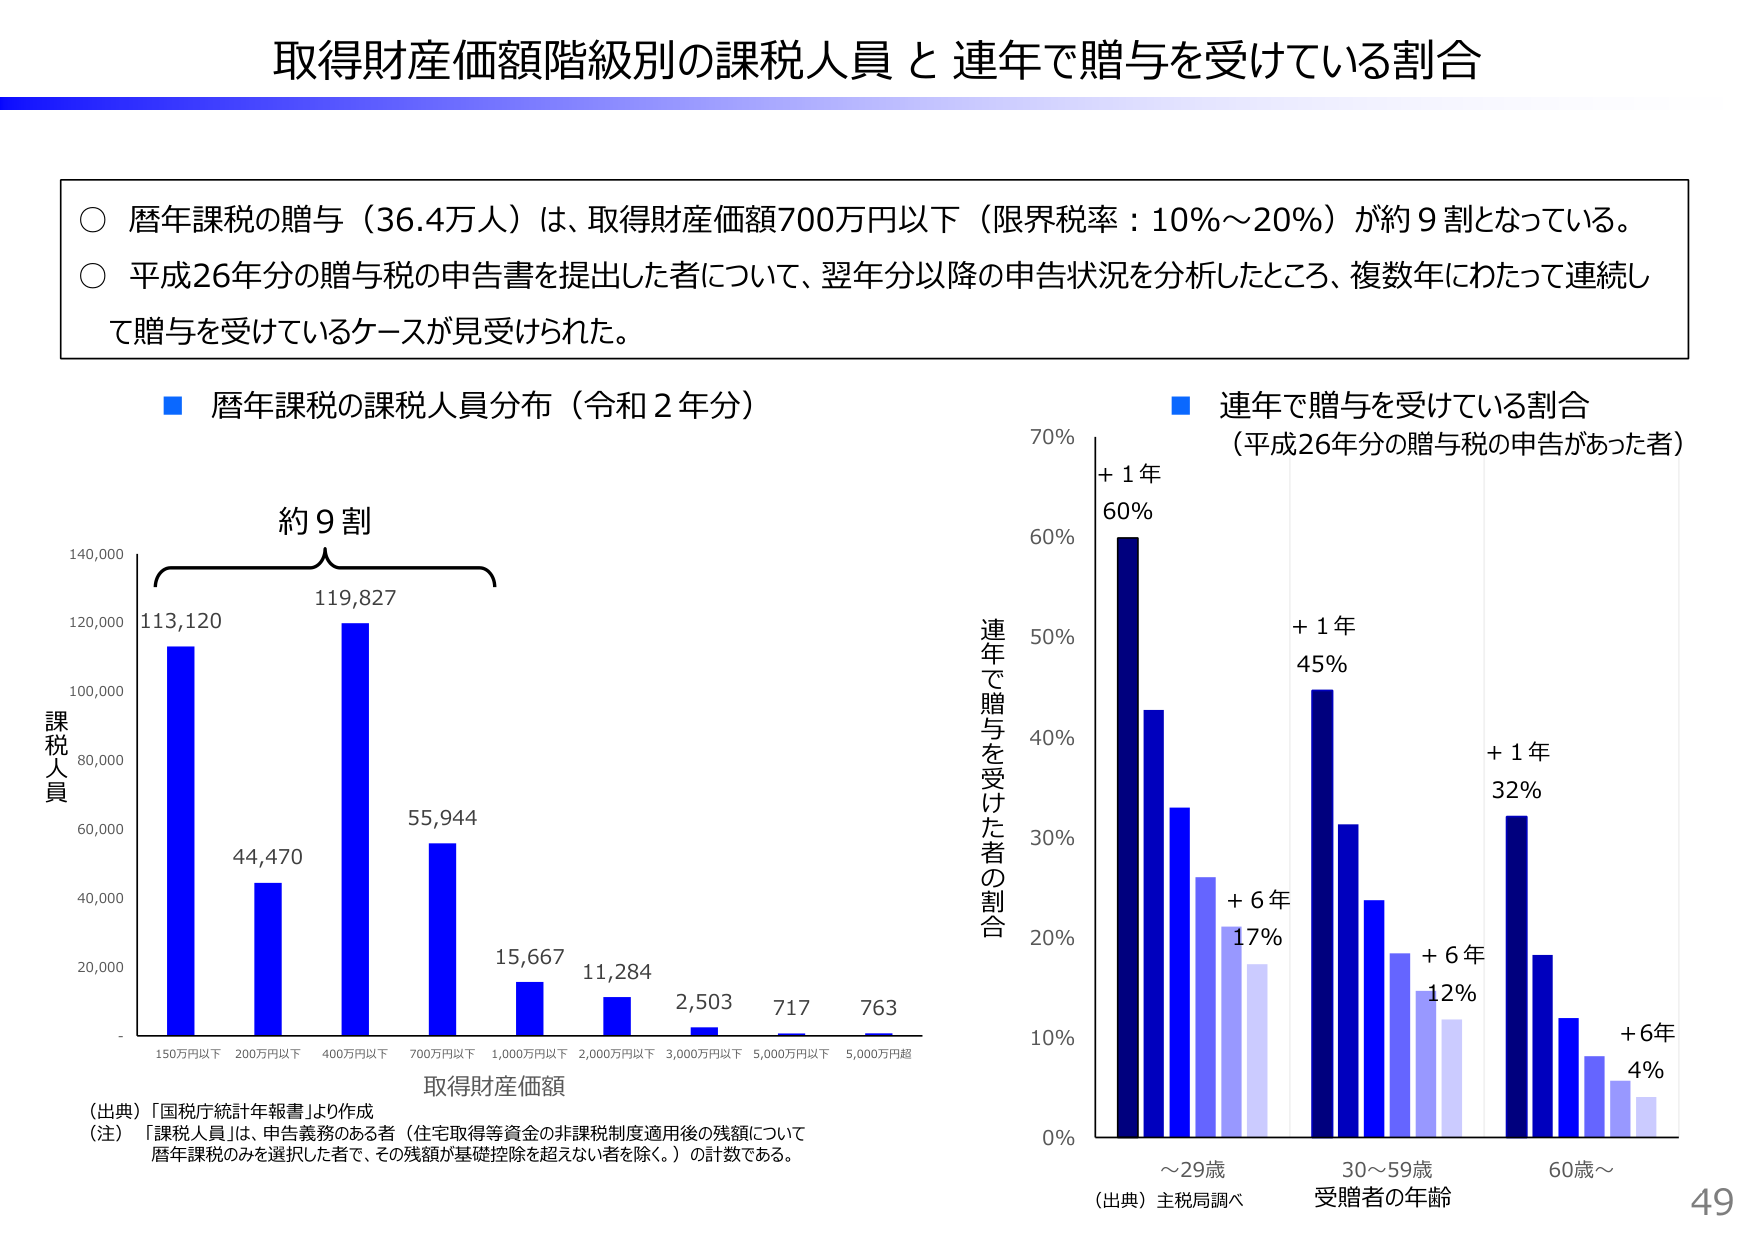
取得財産価額階級別の課税人員と連年で贈与を受けている割合

○ 暦年課税の贈与（36.4万人）は、取得財産価額700万円以下（限界税率：10％～20％）が約9割となっている。
○ 平成26年分の贈与税の申告書を提出した者について、翌年分以降の申告状況を分析したところ、複数年にわたって連続して贈与を受けているケースが見受けられた。

■ 暦年課税の課税人員分布（令和2年分）

約9割

課税人員
140,000
120,000
100,000
80,000
60,000
40,000
20,000
-
113,120
44,470
119,827
55,944
15,667
11,284
2,503
717
763
150万円以下 200万円以下 400万円以下 700万円以下 1,000万円以下 2,000万円以下 3,000万円以下 5,000万円以下 5,000万円超
取得財産価額

（出典）「国税庁統計年報書」より作成
（注）「課税人員」は、申告義務のある者（住宅取得等資金の非課税制度適用後の残額について暦年課税のみを選択した者で、その残額が基礎控除を超えない者を除く。）の計数である。

■ 連年で贈与を受けている割合
（平成26年分の贈与税の申告があった者）

連年で贈与を受けた者の割合
70%
60%
50%
40%
30%
20%
10%
0%
+1年 60%
+1年 45%
+1年 32%
+6年 17%
+6年 12%
+6年 4%
～29歳 30～59歳 60歳～
受贈者の年齢

（出典）主税局調べ

49